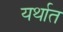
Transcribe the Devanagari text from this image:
यर्थात